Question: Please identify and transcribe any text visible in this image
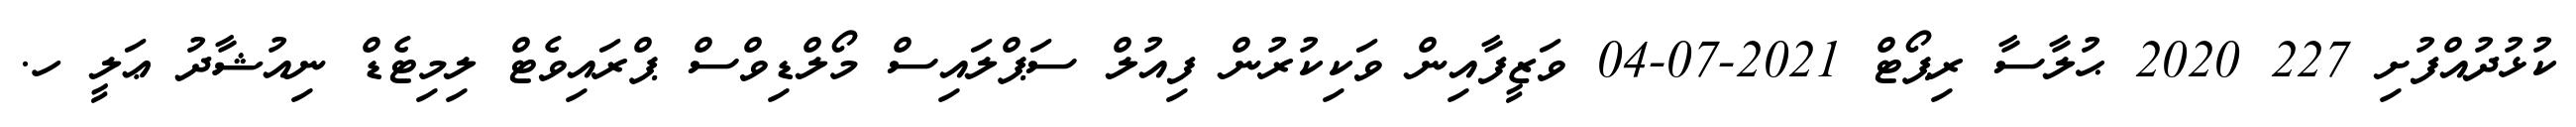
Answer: ކުޅުދުއްފުށި 227 2020 ޙުލާސާ ރިޕޯޓް 2021-07-04 ވަޒީފާއިން ވަކިކުރުން ފިއުލް ސަޕްލައިސް މޯލްޑިވްސް ޕްރައިވެޓް ލިމިޓެޑް ނިއުޝާދު ޢަލީ ހ.